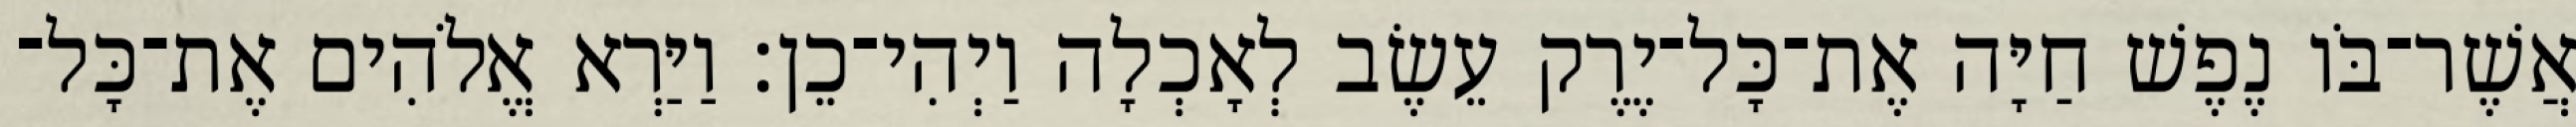
אֲשֶׁר־בֹּו נֶפֶשׁ חַיָּה אֶת־כָּל־יֶרֶק עֵשֶׂב לְאָכְלָה וַיְהִי־כֵן׃ וַיַּרְא אֱלֹהִים אֶת־כָּל־